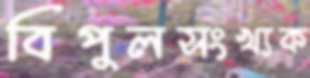
বিপুলসংখ্যক